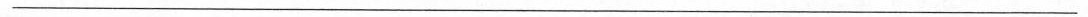
___